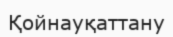
Қойнауқаттану